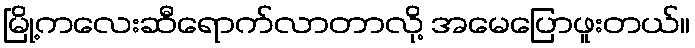
မြို့ကလေးဆီရောက်လာတာလို့ အမေပြောဖူးတယ်။